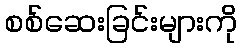
စစ်ဆေးခြင်းများကို